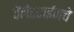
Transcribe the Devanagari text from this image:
पॅलेस्टाईनचे